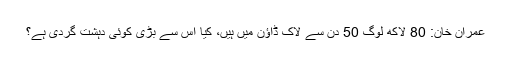
عمران خان: 80 لاکھ لوگ 50 دن سے لاک ڈاؤن میں ہیں، کیا اس سے بڑی کوئی دہشت گردی ہے؟